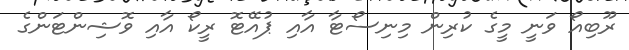
ރޫބިއޯ ވަނީ މީގެ ކުރިން މިނިސޯޓާ އާއި ޕުއޭޓޮ ރީކޯ އާއި ވޮޝިންޓަންގެ